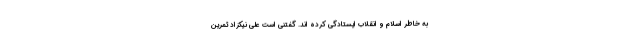
به خاطر اسلام و انقلاب ایستادگی کرده اند. گفتنی است علی نیکزاد ثمرین